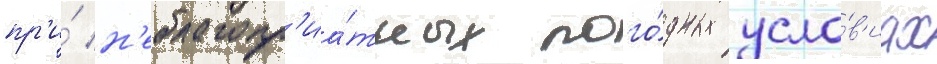
пр'и́ н'еблагопр'иа́тных пого́дных усло́в'иах